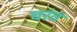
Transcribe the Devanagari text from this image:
चरंतं